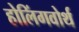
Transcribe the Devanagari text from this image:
होलिंगवोर्थ